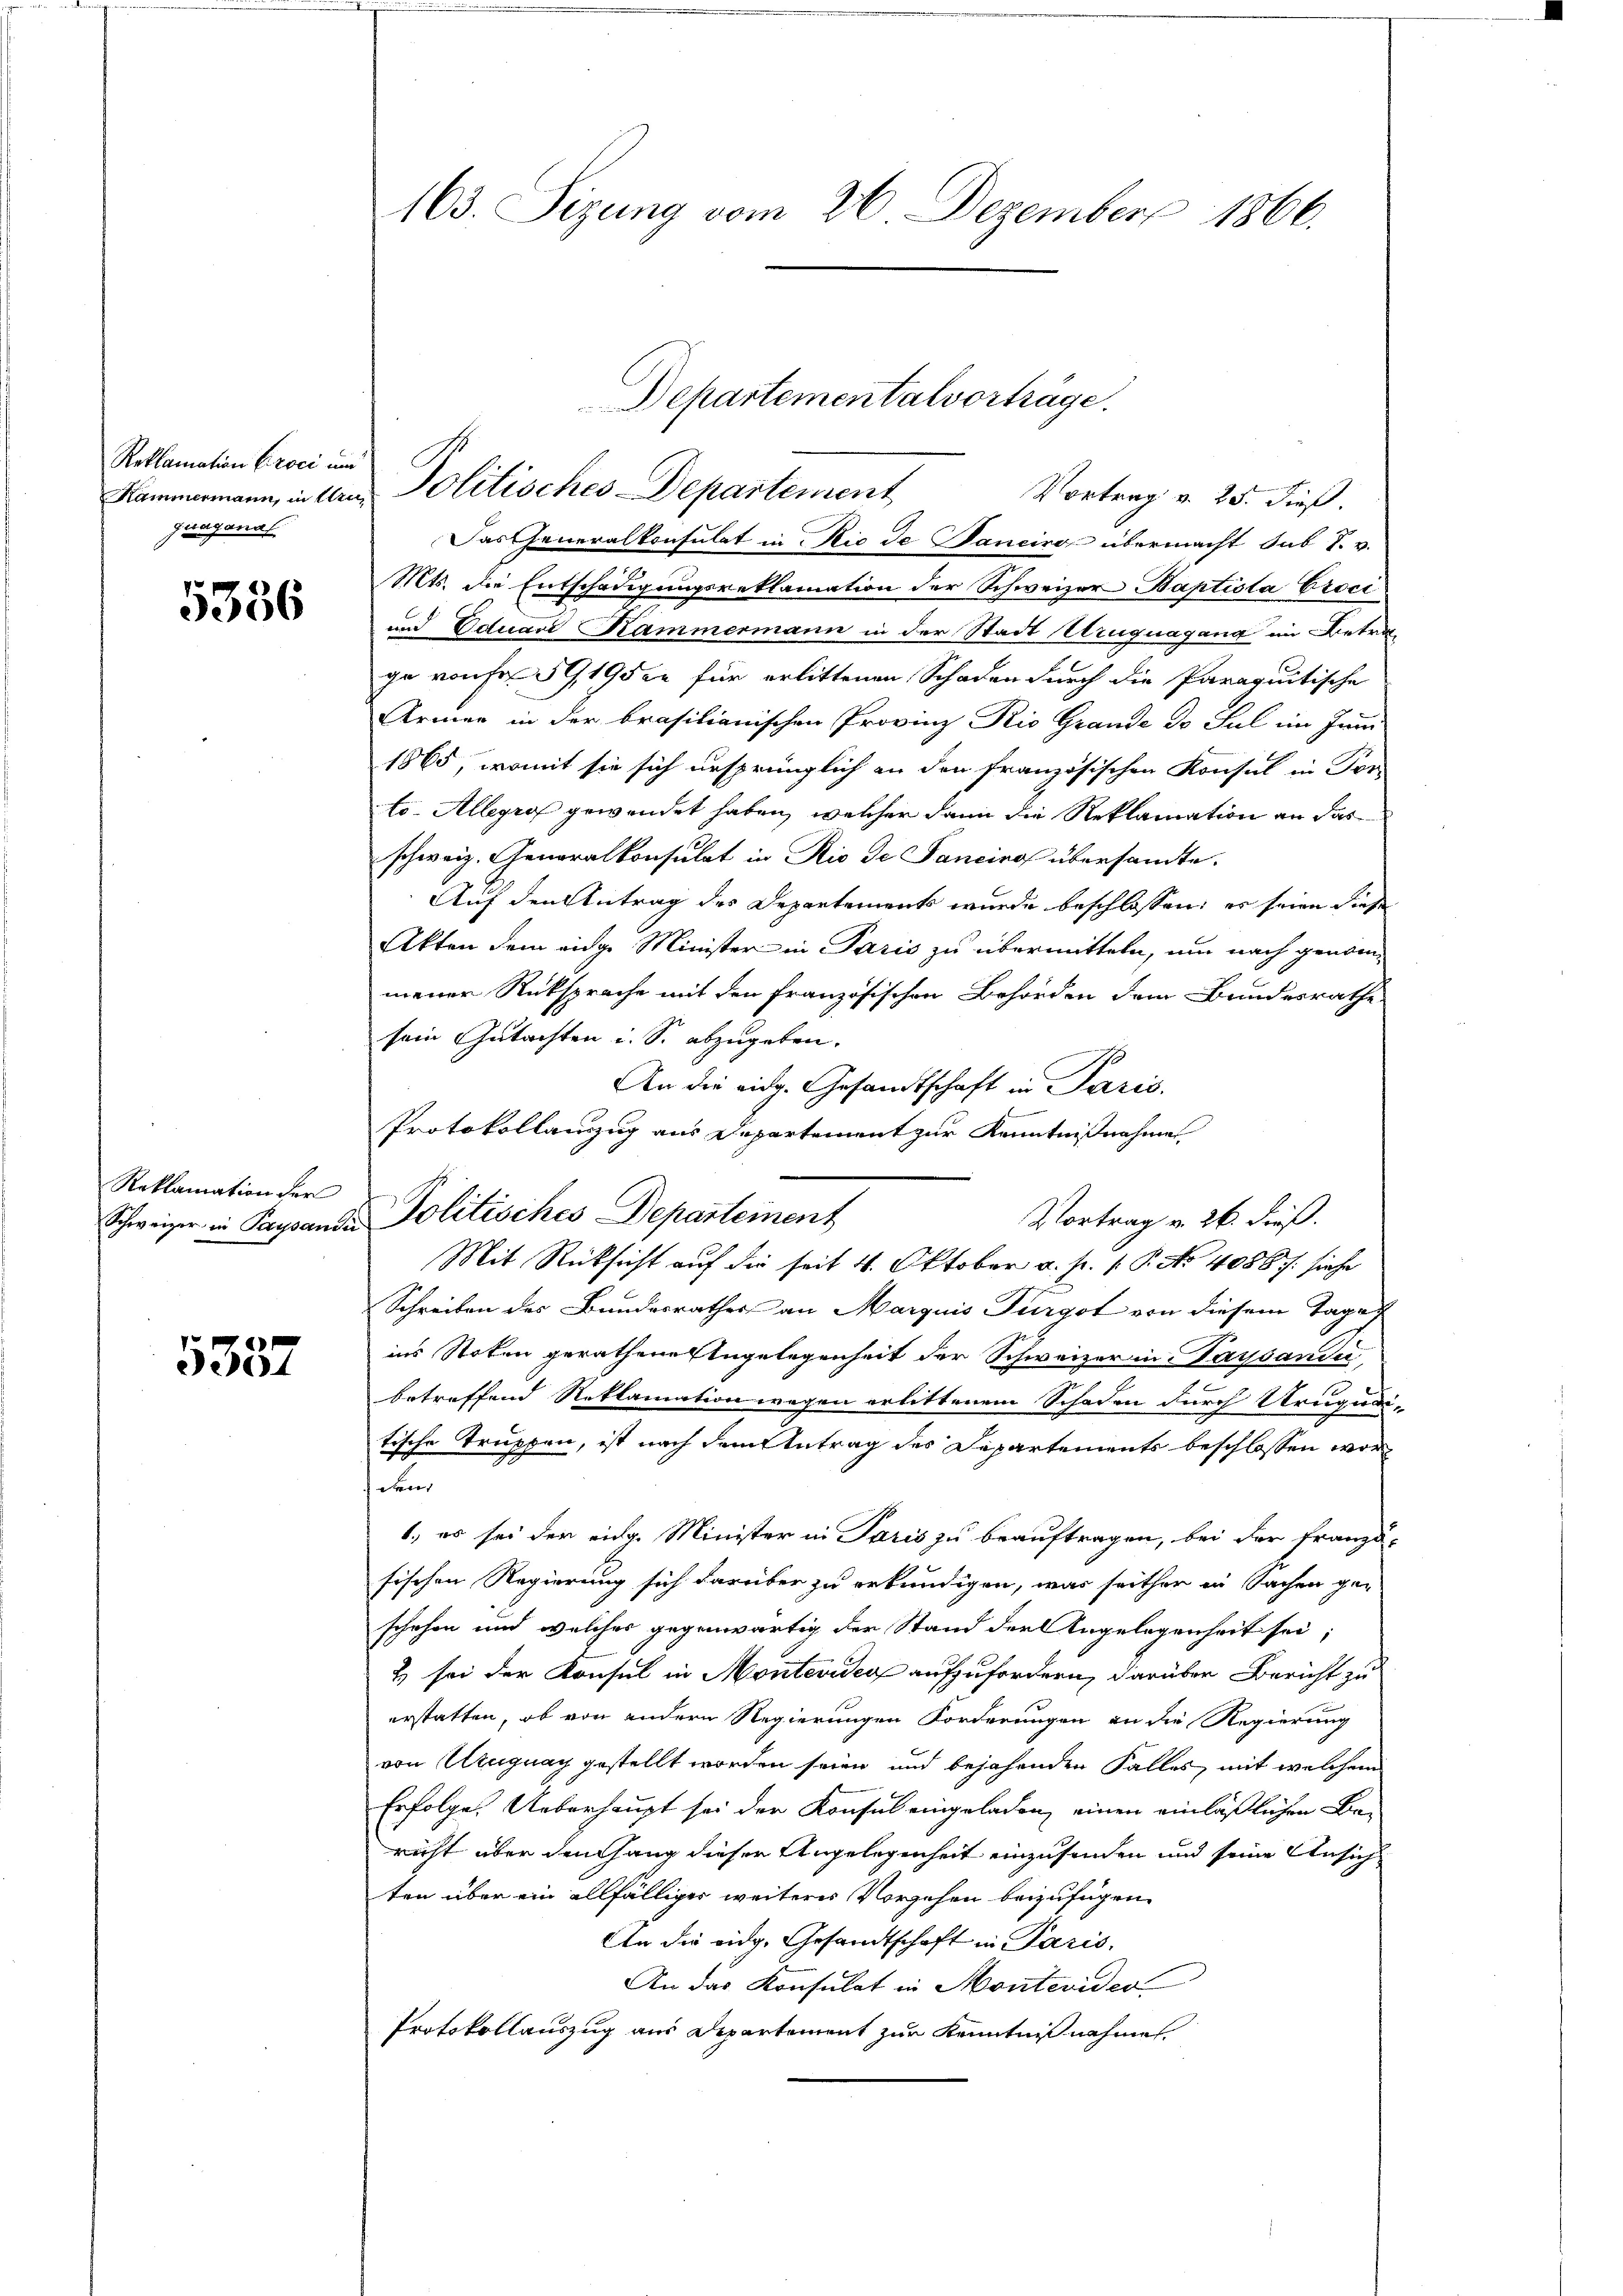
Reklamation Croci und
Kammermann, in Ern
quaganal

5356

Reklamation der
Schweizer in Paysaudii

5337

163. Sizung vom 26. Dezember 1866.

Dascheneralkonsulat in Nic de Sanciro übermacht sub S. v.
Mts. die Entschädigungsreklamation der Schweizer Baptista Croci
und Eduard Kammermann in der Stadt Uruguagang im Betra-
ge von Fr. 59, 19 der für erlittenen Schaden durch die Paraqutische
Armen in der brasilianischen Provinz Rio Grande de sul im Juni
1865, womit sie sich ursprünglich an den französischen Konsul in For-
to. Allegras gewendet haben, welcher dann die Reklamation an das
schweiz. Generalkonsulat in Rio de Sancinos übersandte.
Auf den Antrag des Departements wurde beschlossen: es seien diese
Akten dem eidge Minister in Paris zu übermitteln, um nach genommener Rüksprache mit den französischen Behörden dem Bundesrathe
sein Gutachten u. S. abzugeben.
An die eidg. Gesandtschaft in Paris.
Protokollanzug aus Departement zur Kenntnißnahme
Politisches Departement
Vortrag v. 26. dieß.
Mit Rücksicht auf die seit 4. Oktober a. p. P.P. No 4086 /: siehe
Schreiben des Bundesrathes an Marquis Turgot von diesem Tage
ins Stoten gerathene Angelegenheit der Schweizer in Paysandi
betreffend Reklamation wegen erlittenem Schaden durch Trugua-
tische Truppen, ist nach dem Antrag des Departements beschlossen wor
den
1., es sei der eidg. Minister in Paris zu beauftragen, bei der Franze
sischen Regierung sich darüber zu erkundigen, was seither in Sachen geschehen und welches gegenwärtig der Stand der Angelegenheit sei,
2 sei der Konsul in Montevideo aufzufordern, darüber Bericht zu
erstatten, ob von andern Regierungen Forderungen an die Regierung
von Ungnag gestellt worden seien und bejahenden Falles, mit welchem
Erfolge. Ueberhaupt sei der Konsul eingeladen, einen einläßlichen Baricht über dem Hang dieser Angelegenheit einzusenden und seine Ansich
ten über ein allfälliger weiterer Vorsehen beizufügen.
An die eidg. Gesandtschaft in Paris,
An das Konsulat in Montevider
Protokollauszug aus Departement zur Kenntnißnahmen.

Departementalvorträge.
Politisches Departement
Vortrag v. 25. dieß.